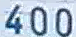
400